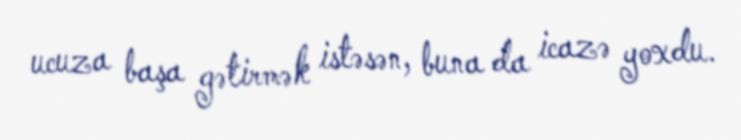
ucuza başa gətirmək istəsən, buna da icazə yoxdu.